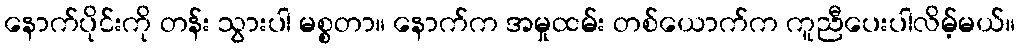
နောက်ပိုင်းကို တန်း သွားပါ မစ္စတာ။ နောက်က အမှုထမ်း တစ်ယောက်က ကူညီပေးပါလိမ့်မယ်။